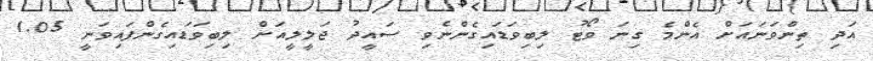
އަދި ތިންވަނައަށް އެންމެ ގިނަ ވޯޓު ލިބިވަޑައިގެންނެވި ސައީދު ޖަލީލީއަށް ލިބިވަޑައިގެންފައިވަނީ 1.05